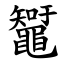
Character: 䵹